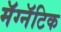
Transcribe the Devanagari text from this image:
मॅग्नॅटिक